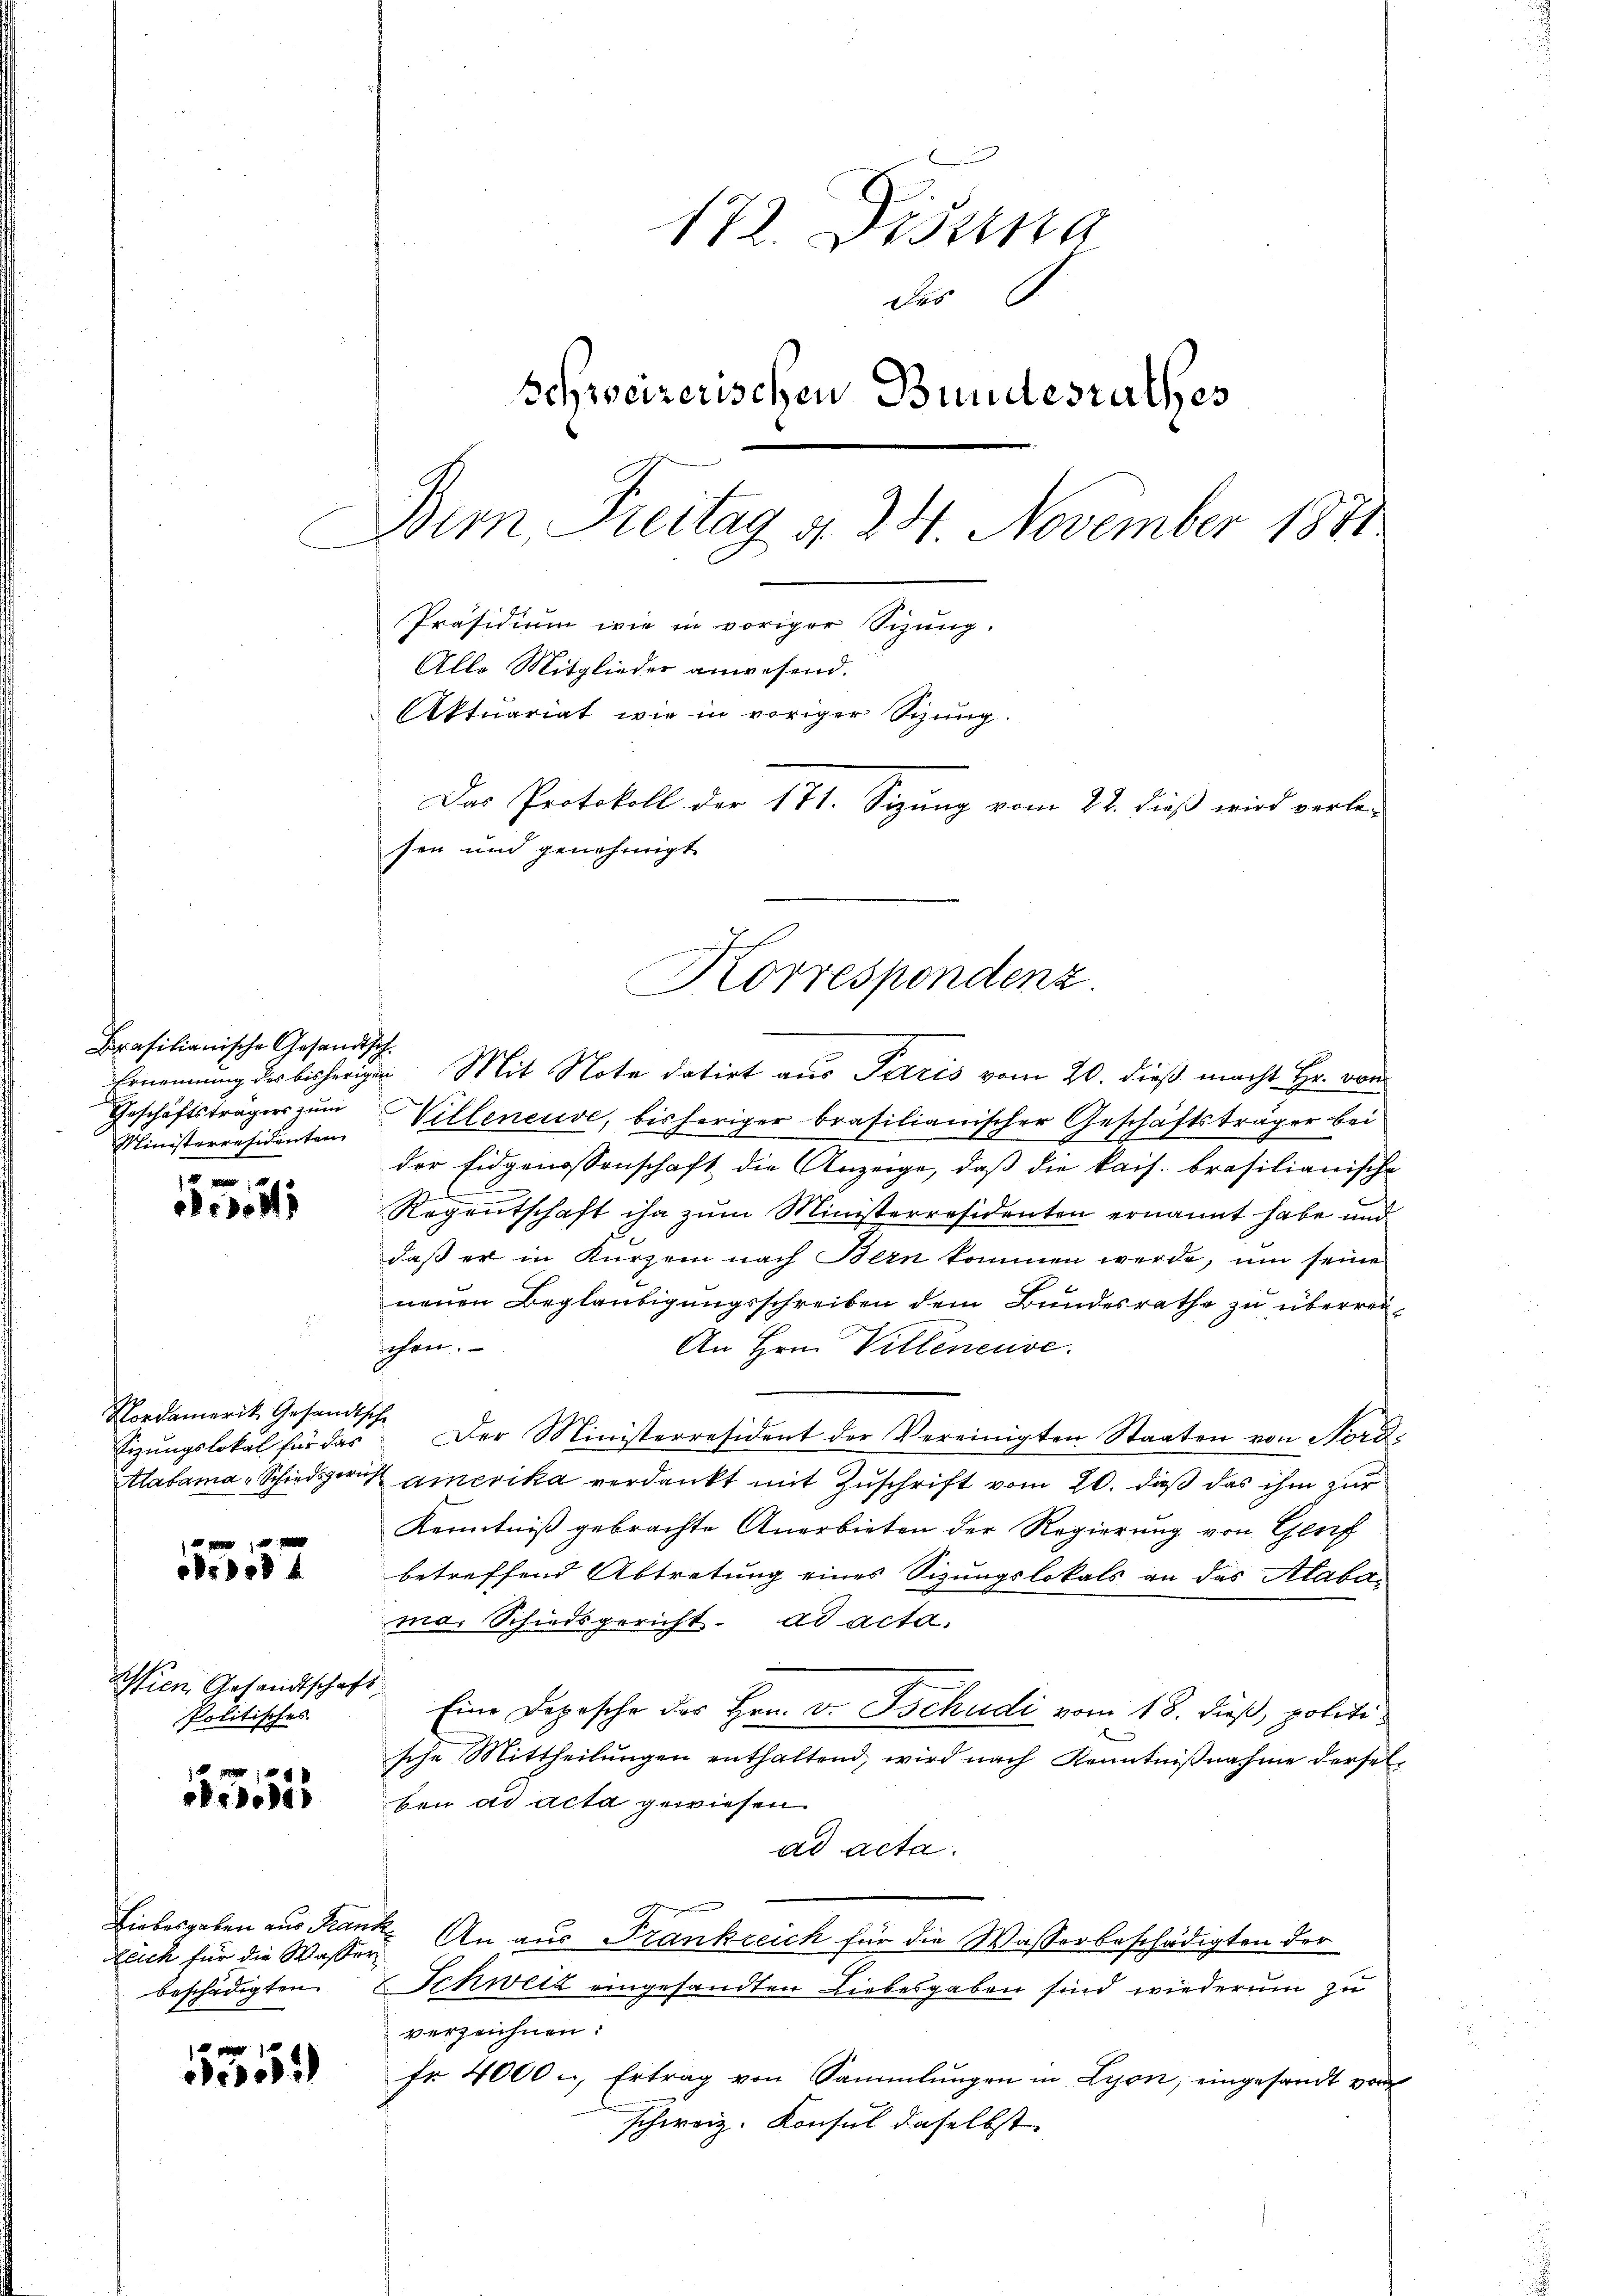
Brasilianische Gesandts
Geschäftsträgers zum
Ministerresidenten

e

Nordamerik Gesandts
Sizungslokal für das
labama-Schiedsgeri

184

Wien Gesandtschaf
Politisches

155

Liebesgaben aus Fran
Reich für die Wasserbeschädigten

535)

172. Disung
des
Schweizerischen Bundesrathes
Bern, Freitag d. 24. November 1871
Präsidium wie in voriger Sizung.
Alle Mitglieder anwesend.
Aktuariat wie in voriger Sizung.
Das Protokoll der 171. Sizung vom 23. dieß wird verle-
sen und genehmigt.

Korrespondenz.

t
Ernennung der bisherigen. Mit Note datirt aus Paris vom 20. dieß macht Hr. von
Villeneuve, bisheriger brasilianischer Geschäftsträger bei
der Eidgenossenschaft die Anzeige, daß die kais. brasilianische
z
Regentschaft ihn zum Ministerresidenten ernannt habe und
daß er in Kurzem nach Bern kommen werde, um seine
neuen Beglaubigungsschreiben dem Bundesrathe zu überreisehen.
An Hrn. Villeneuve
 Der Ministerresident der Vereinigten Staaten von Nord¬
Kamerika verdankt mit Zuschrift vom 20. dieß das ihm zur
Kenntniß gebrachte Anerbieten der Regierung von Genf
betreffend Abtretung eines Sizungslokals an das Alabama. Schiedsgericht. ad acta.
Eine Depesche der Hrn. v. Tschudi vom 18. dieß, politische Mittheilungen enthaltend, wird nach Kenntnißnahme derselben ad acta gewiesen.
ad acta.
 An aus Frankreich für die Wasserbeschädigten der
Schweiz eingesandten Liebesgaben sind wiederum zu
verzeichnen:
fr. 4000 - Ertrag von Sammlungen in Lyon, eingesandt von
schweiz. Konsul daselbst